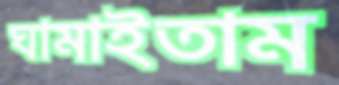
ঘামাইতাম